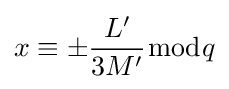
x\equiv \pm {\frac {L'}{3M'}}{\bmod {q}}